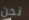
نحن